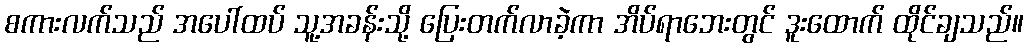
စကားလက်သည် အပေါ်ထပ် သူ့အခန်းသို့ ပြေးတက်လာခဲ့ကာ အိပ်ရာဘေးတွင် ဒူးထောက် ထိုင်ချသည်။